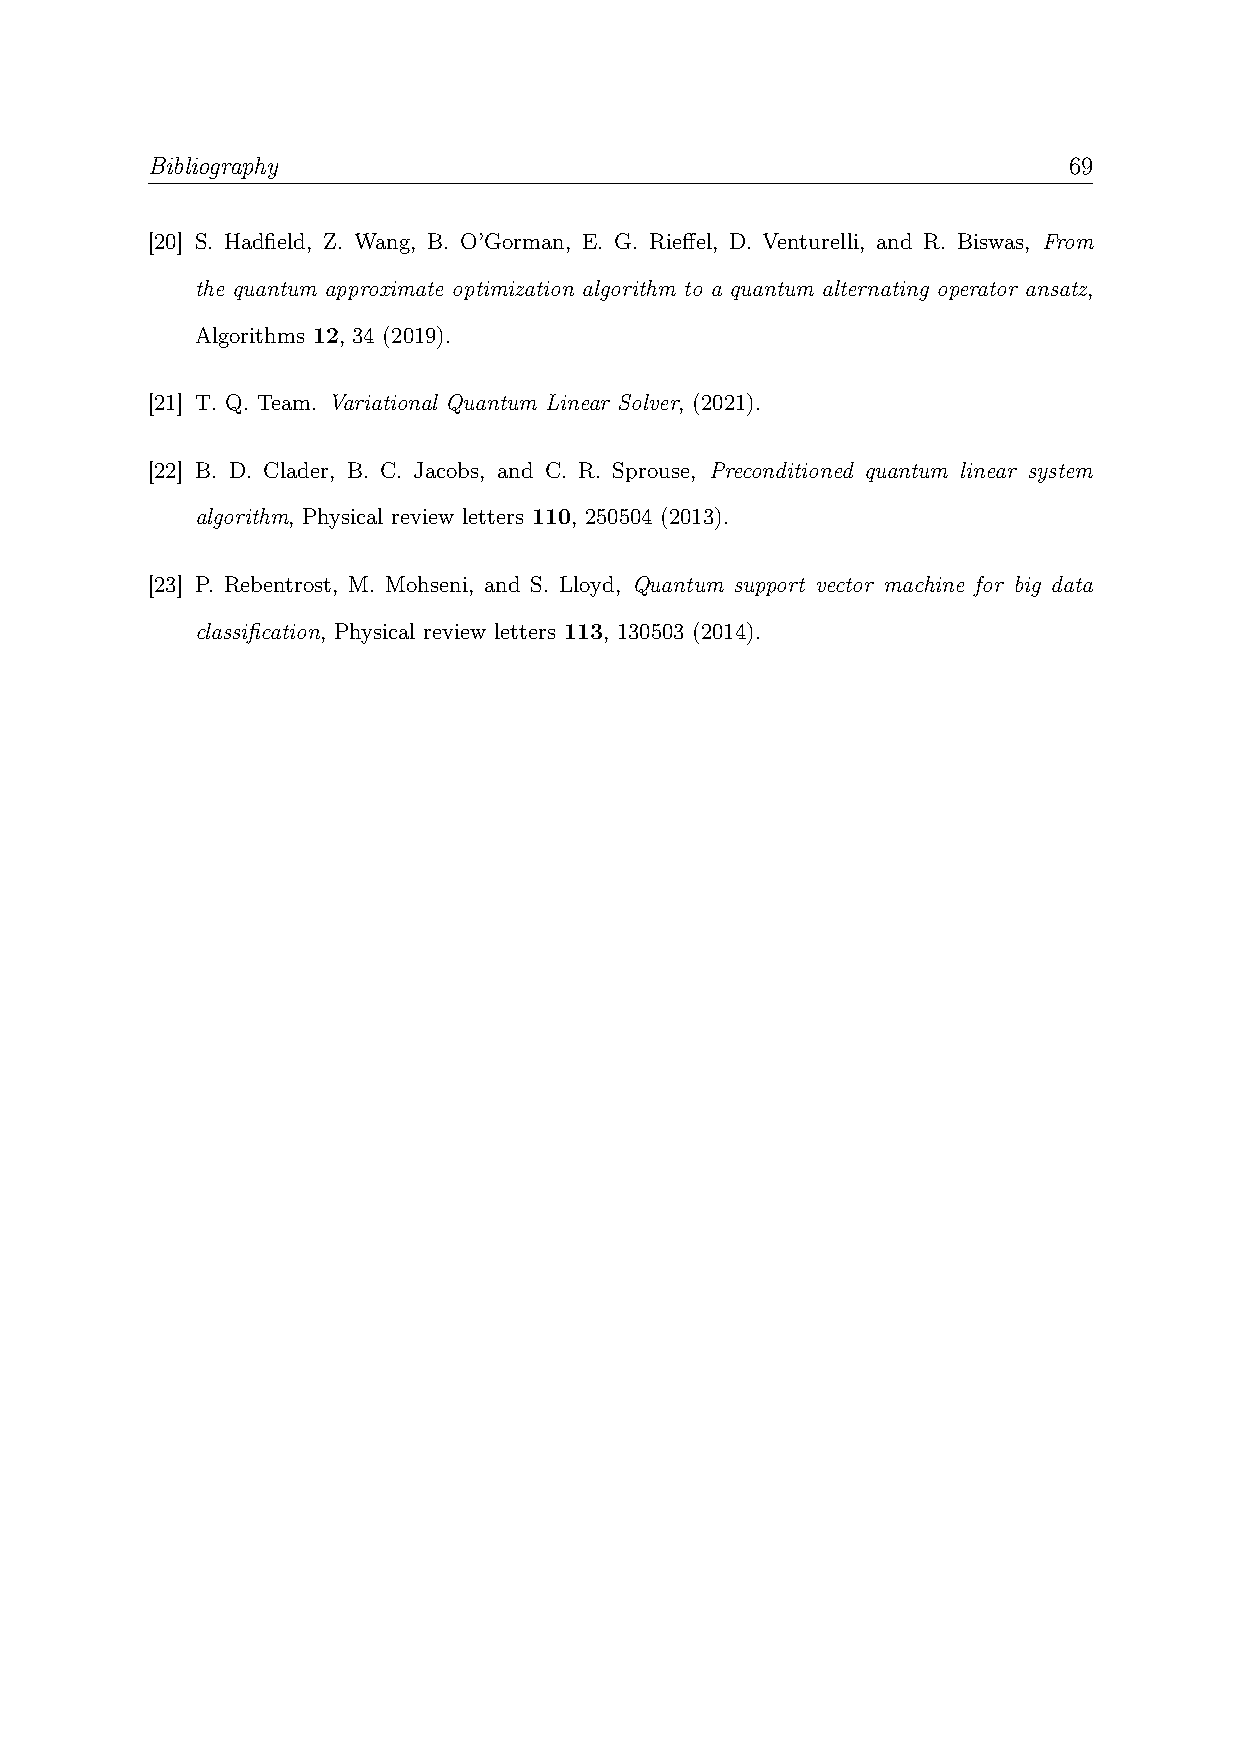
Bibliography                                                 69
 [20] S. Hadfield, Z. Wang, B. O’Gorman, E. G. Rieffel, D. Venturelli, and R. Biswas, From
 the quantum approximate optimization algorithm to a quantum alternating operator ansatz,
 Algorithms 12, 34 (2019).
 [21] T. Q. Team. Variational Quantum Linear Solver, (2021).
 [22] B. D. Clader, B. C. Jacobs, and C. R. Sprouse, Preconditioned quantum linear system
 algorithm, Physical review letters 110, 250504 (2013).
 [23] P. Rebentrost, M. Mohseni, and S. Lloyd, Quantum support vector machine for big data
 classification, Physical review letters 113, 130503 (2014).